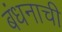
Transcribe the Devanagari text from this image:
बंधनाची